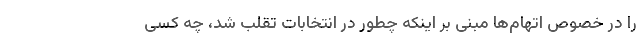
را در خصوص اتهام‌ها مبنی بر اینکه چطور در انتخابات تقلب شد، چه کسی